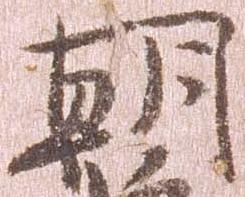
朝